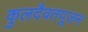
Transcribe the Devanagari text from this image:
कुलदैवतपूजन